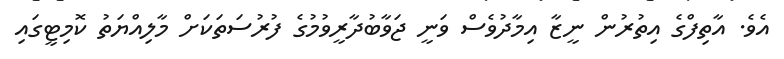
އެވެ. އާތިފްގެ އިތުރުން ނީޒާ އިމާދުވެސް ވަނީ ޖަވާބުދާރީވުމުގެ ފުރުސަތަކަށް މާލިއްޔަތު ކޮމިޓީގައި